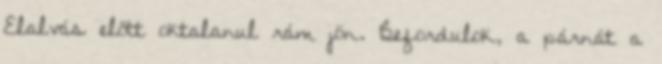
Elalvás előtt oktalanul rám jön. Befordulok, a párnát a